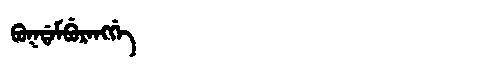
Manchu: ᠪᡠᡴᡩᠠᠮᠪᡠᡵᠠᠩᡤᡝ
Romanization: BUKDAMBURANGGE